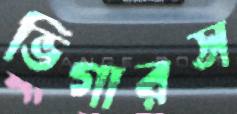
ভিগারস